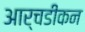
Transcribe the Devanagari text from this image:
आर्चडीकन